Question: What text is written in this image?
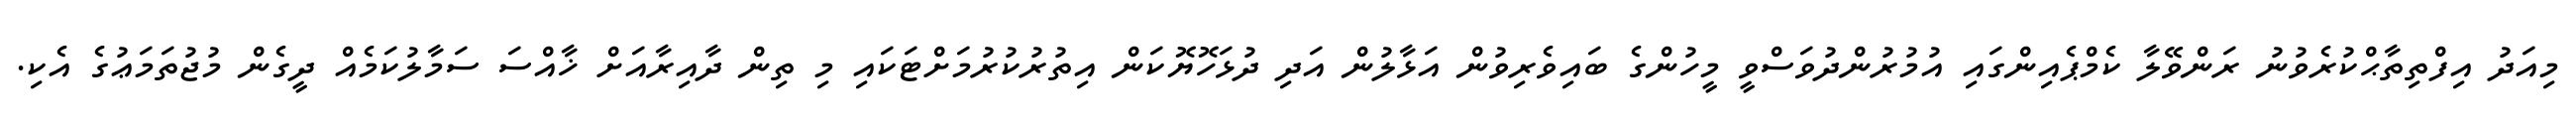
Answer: މިއަދު އިފްތިތާޙްކުރެވުނު ރަންވޭލާ ކެމްޕެއިންގައި އުމުރުންދުވަސްވީ މީހުންގެ ބައިވެރިވުން އަޅާލުން އަދި ދުޅަހޮޔޮކަން އިތުރުކުރުމަށްޓަކައި މި ތިން ދާއިރާއަށް ޚާއްސަ ސަމާލުކަމެއް ދީގެން މުޖުތަމަޢުގެ އެކި.